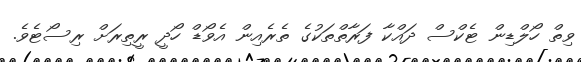
ވިތް ހޯލްޑިން ޓެކްސް ދައްކާ ފަރާތްތަކުގެ ތެރެއިން އެވޯޑް ހޯދީ ރީތިރަށް ރިސޯޓެވެ.